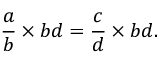
{ \frac { a } { b } } \times b d = { \frac { c } { d } } \times b d .